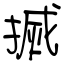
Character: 搣